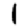
Digit: 1